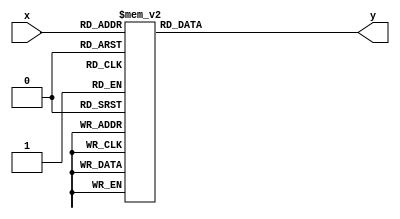
module decoder4x16 (
    input wire [3 : 0] x,

    output reg [15 : 0] y
);
    always @(x) begin
        case(x)
            4'b0000 : y = 16'b0000_0000_0000_0001;
            4'b0001 : y = 16'b0000_0000_0000_0010;
            4'b0010 : y = 16'b0000_0000_0000_0100;
            4'b0011 : y = 16'b0000_0000_0000_1000;
            4'b0100 : y = 16'b0000_0000_0001_0000;
            4'b0101 : y = 16'b0000_0000_0010_0000;
            4'b0110 : y = 16'b0000_0000_0100_0000;
            4'b0111 : y = 16'b0000_0000_1000_0000;
            4'b1000 : y = 16'b0000_0001_0000_0000;
            4'b1001 : y = 16'b0000_0010_0000_0000;
            4'b1010 : y = 16'b0000_0100_0000_0000;
            4'b1011 : y = 16'b0000_1000_0000_0000;
            4'b1100 : y = 16'b0001_0000_0000_0000;
            4'b1101 : y = 16'b0010_0000_0000_0000;
            4'b1110 : y = 16'b0100_0000_0000_0000;
            4'b1111 : y = 16'b1000_0000_0000_0000;
        endcase
    end
endmodule